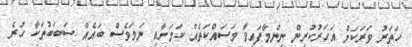
ހަތަރު ވަރަކަށް އަހަރުކުރިން ނިންމާފައިވާ މަސައްކަތެއް ކަމަށާއި ނަމަވެސް ބައެއް ސަބަބުތަކާ ހުރެ